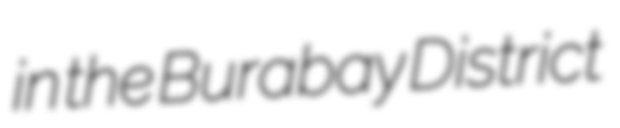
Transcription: in the Burabay District